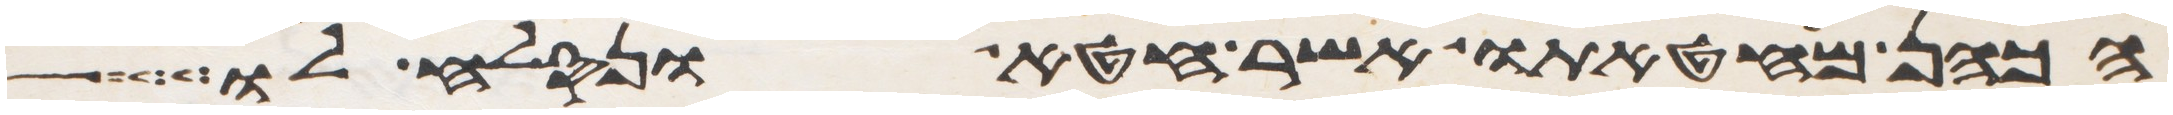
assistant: הכהן מחטאתו אשר חטא ונסלח לו